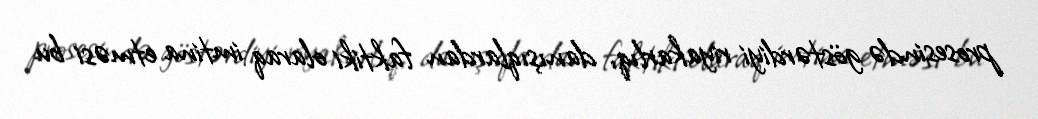
prosesində göstərdiyi riyakarlıq, danışıqlardan faktiki olaraq imtina etməsi bu